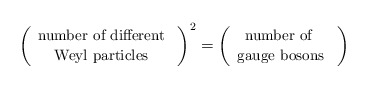
\begin{align*} \left( \begin{array}{c} \mbox{{\small number of different} } \\ \mbox{{\small Weyl particles} } \end{array} \right)^{2} = \left( \begin{array}{c} \mbox{{\small number of } } \\ \mbox{{\small gauge bosons} } \end{array}\right)\end{align*}